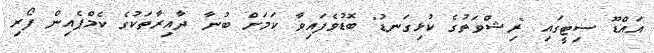
އައްޑޫ ސިޓީގައި "ރިޝްވަތުގެ ކުޅިގަނޑު" ބޮޑުވެފައިވާ ކަމަށް ބުނާ ދާއިރާތަކުގެ ކެމްޕެއިން ފޯރި